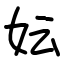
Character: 妘